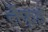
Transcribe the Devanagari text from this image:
लैफूइ